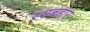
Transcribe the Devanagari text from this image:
रसबहार